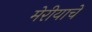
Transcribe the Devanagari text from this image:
मेरीयाचे